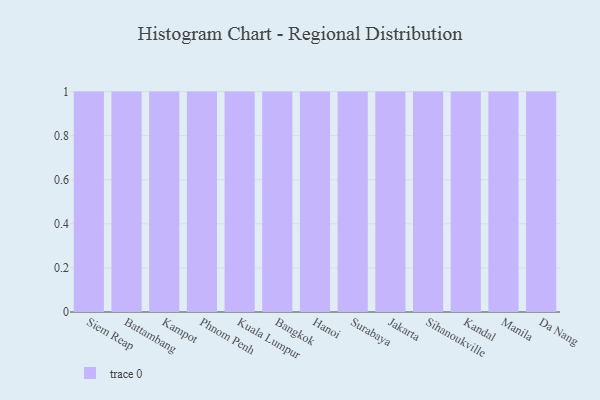
{"axis": {"x": "City", "y": "Headcount"}, "legend": [""], "data": [{"x": "Siem Reap", "y": 2, "type": ""}, {"x": "Battambang", "y": 18, "type": ""}, {"x": "Kampot", "y": 5, "type": ""}, {"x": "Phnom Penh", "y": 45, "type": ""}, {"x": "Kuala Lumpur", "y": 20, "type": ""}, {"x": "Bangkok", "y": 60, "type": ""}, {"x": "Hanoi", "y": 92, "type": ""}, {"x": "Surabaya", "y": 16, "type": ""}, {"x": "Jakarta", "y": 68, "type": ""}, {"x": "Sihanoukville", "y": 23, "type": ""}, {"x": "Kandal", "y": 62, "type": ""}, {"x": "Manila", "y": 78, "type": ""}, {"x": "Da Nang", "y": 54, "type": ""}]}